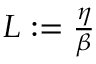
\begin{array} { r } { L : = \frac { \eta } { \beta } } \end{array}